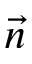
\vec { n }